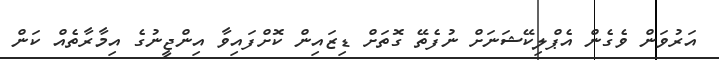
އަރުވަން ވެގެން އެޕްލިކޭޝަނަށް ނުފެތޭ ގޮތަށް ޑިޒައިން ކޮށްފައިވާ އިންޖީނުގެ އިމާރާތެއް ކަން